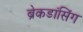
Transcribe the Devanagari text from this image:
ब्रेकडांसिंग